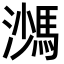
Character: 𩣠